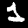
Digit: 1